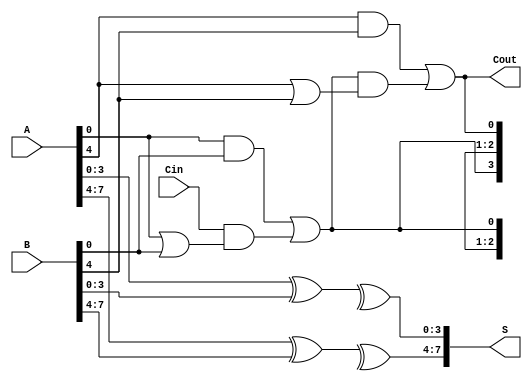
module PrecomputationCarryAdder (
    input [7:0] A,         // 8-bit input A
    input [7:0] B,         // 8-bit input B
    input Cin,             // Carry-in input
    output [7:0] S,        // 8-bit sum output
    output Cout            // Carry-out output
);
    // Declare internal wire for carry values
    wire [1:0] carry; // Four-bit carry for two groups

    // Group size
    parameter GROUP_SIZE = 4;

    // Intermediate sums and carry for first group (lower 4 bits)
    wire [GROUP_SIZE-1:0] S0;
    wire C0, C1; // Carry-outs for each group

    // Carry generation and propagation logic for first group
    assign C0 = (A[3:0] & B[3:0]) | (Cin & (A[3:0] | B[3:0]));
    assign carry[0] = (A[3:0] & B[3:0]) | (Cin & (A[3:0] | B[3:0]));

    // Sum for first 4 bits
    assign S0 = A[3:0] ^ B[3:0] ^ {Cin, C0[2:0]};

    // Intermediate sums for second group (higher 4 bits)
    wire [GROUP_SIZE-1:0] S1;
    
    // Carry generation for second group using carry-out from first group
    assign C1 = (A[7:4] & B[7:4]) | (carry[0] & (A[7:4] | B[7:4]));

    // Sum for second 4 bits
    assign S1 = A[7:4] ^ B[7:4] ^ {carry[0], C1[2:0]};

    // Final sum output concatenating results from both groups
    assign S = {S1, S0};
    
    // Final carry out
    assign Cout = C1;

endmodule